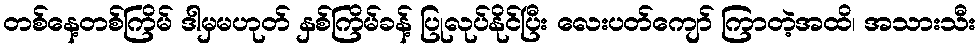
တစ်နေ့တစ်ကြိမ် ဒါမှမဟုတ် နှစ်ကြိမ်ခန့် ပြုလုပ်နိုင်ပြီး လေးပတ်ကျော် ကြာတဲ့အထိ၊ အသားသီး